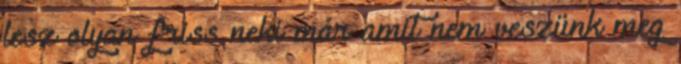
lesz olyan friss neki már amit nem veszünk meg